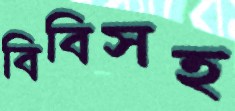
বিবিসহ